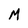
Character: M